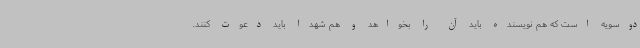
دوسویه است که هم نویسنده باید آن را بخواهد و هم شهدا باید دعوت کنند.